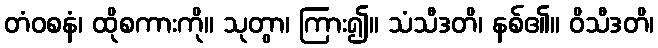
တံဝစနံ၊ ထိုစကားကို။ သုတွာ၊ ကြား၍။ သံသီဒတိ၊ နစ်၏။ ဝိသီဒတိ၊